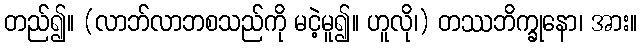
တည်၍။ (လာဘ်လာဘစသည်ကို မငဲ့မူ၍။ ဟူလို၊) တဿဘိက္ခုနော၊ အား။